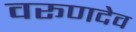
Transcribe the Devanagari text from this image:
वरूणदेव